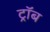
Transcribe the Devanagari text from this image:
ट्रॉब